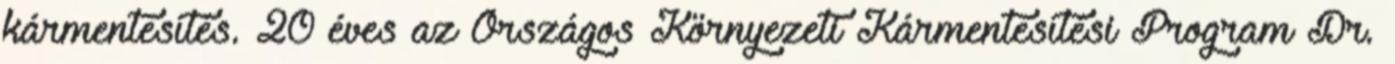
kármentesítés. 20 éves az Országos Környezeti Kármentesítési Program Dr.